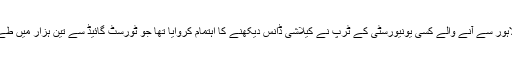
آج بھی لاہور سے آنے والے کسی یونیورسٹی کے ٹرپ نے کیلاشی ڈانس دیکھنے کا اہتمام کروایا تھا جو ٹورسٹ گائیڈ سے تین ہزار میں طے پایا تھا۔